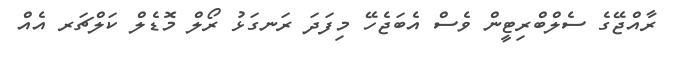
ރާއްޖޭގެ ސެލްބްރިޓީން ވެސް އެބަޖެހޭ މިފަދަ ރަނގަޅު ރޯލް މޮޑެލް ކަލްޗަރ އެއް